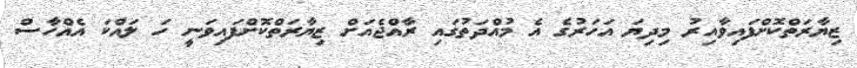
ޒިޔާރަތްކޮށްފައިވާއިރު މިދިޔަ އަހަރުގެ އެ މުއްދަތުގައި ރާއްޖެއަށް ޒިޔާރަތްކޮށްފައިވަނީ ހަ ލައްކަ އެއްހާސް